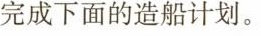
完成下面的造船计划。